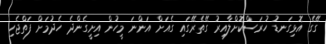
ގޭގެ އޮޅިގަނޑު ހުރަސްކޮށްލާއިރު ގޭތެރޭގައި ގެއަށް އަންނަ މީހުން އިށީގެންދެ ހެދުމަށް ފަތްޖެހި